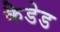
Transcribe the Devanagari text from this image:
कैडेड